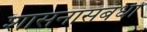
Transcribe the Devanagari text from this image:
शासनासंबंधी